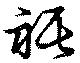
裾